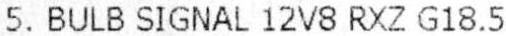
5. BULB SIGNAL 12V8 RXZ G18.5